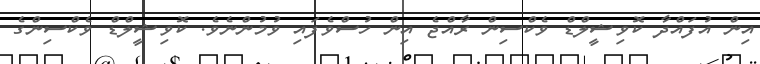
އިން އުފައްދާ ކޮވިޝީލްޑް ވެކްސިން ރާއްޖެ އިން ހުސްވެފައި ވުމުންނެވެ. ކޮވިޝީލްޑް ވެކްސިންގެ